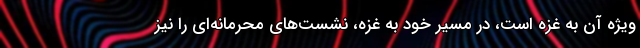
ویژه آن به غزه است، در مسیر خود به غزه، نشست‌های محرمانه‌ای را نیز